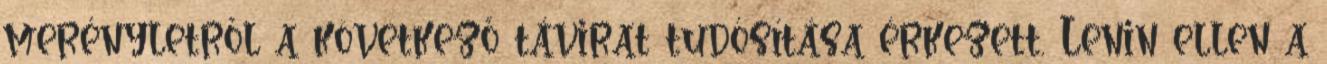
merényletről a következő távirat tudósítása érkezett. Lenin ellen a